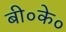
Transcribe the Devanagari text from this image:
बी०के०